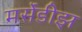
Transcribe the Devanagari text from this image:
मर्सेडीझ